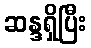
ဆန္ဒရှိပြီး